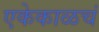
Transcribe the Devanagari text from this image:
एकेकाळचं